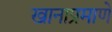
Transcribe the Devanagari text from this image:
खानाप्रमाणे